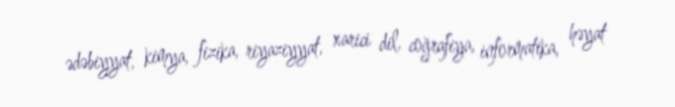
ədəbiyyat, kimya, fizika, riyaziyyat, xarici dil, coğrafiya, informatika, həyat